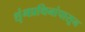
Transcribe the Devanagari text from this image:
शृंगप्रथिनांपासून